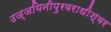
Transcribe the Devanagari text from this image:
उज्जयिनीपुरवराधीश्वर